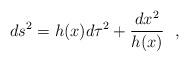
LaTeX: \begin{align*}ds^2=h(x)d\tau^2+{dx^2\over h(x)}~~,\end{align*}